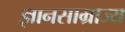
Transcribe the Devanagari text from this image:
ज्ञानसाम्राज्य